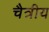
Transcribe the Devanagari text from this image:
चैत्रीय